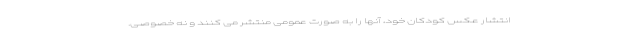
انتشار عکس کودکان خود، آنها را به صورت عمومی منتشر می کنند و نه خصوصی.